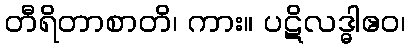
တီရိတာစာတိ၊ ကား။ ပဋိလဒ္ဓါဧဝ၊